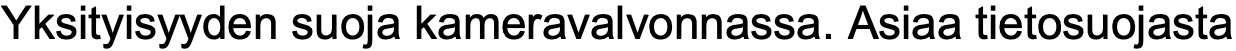
Yksityisyyden suoja kameravalvonnassa. Asiaa tietosuojasta